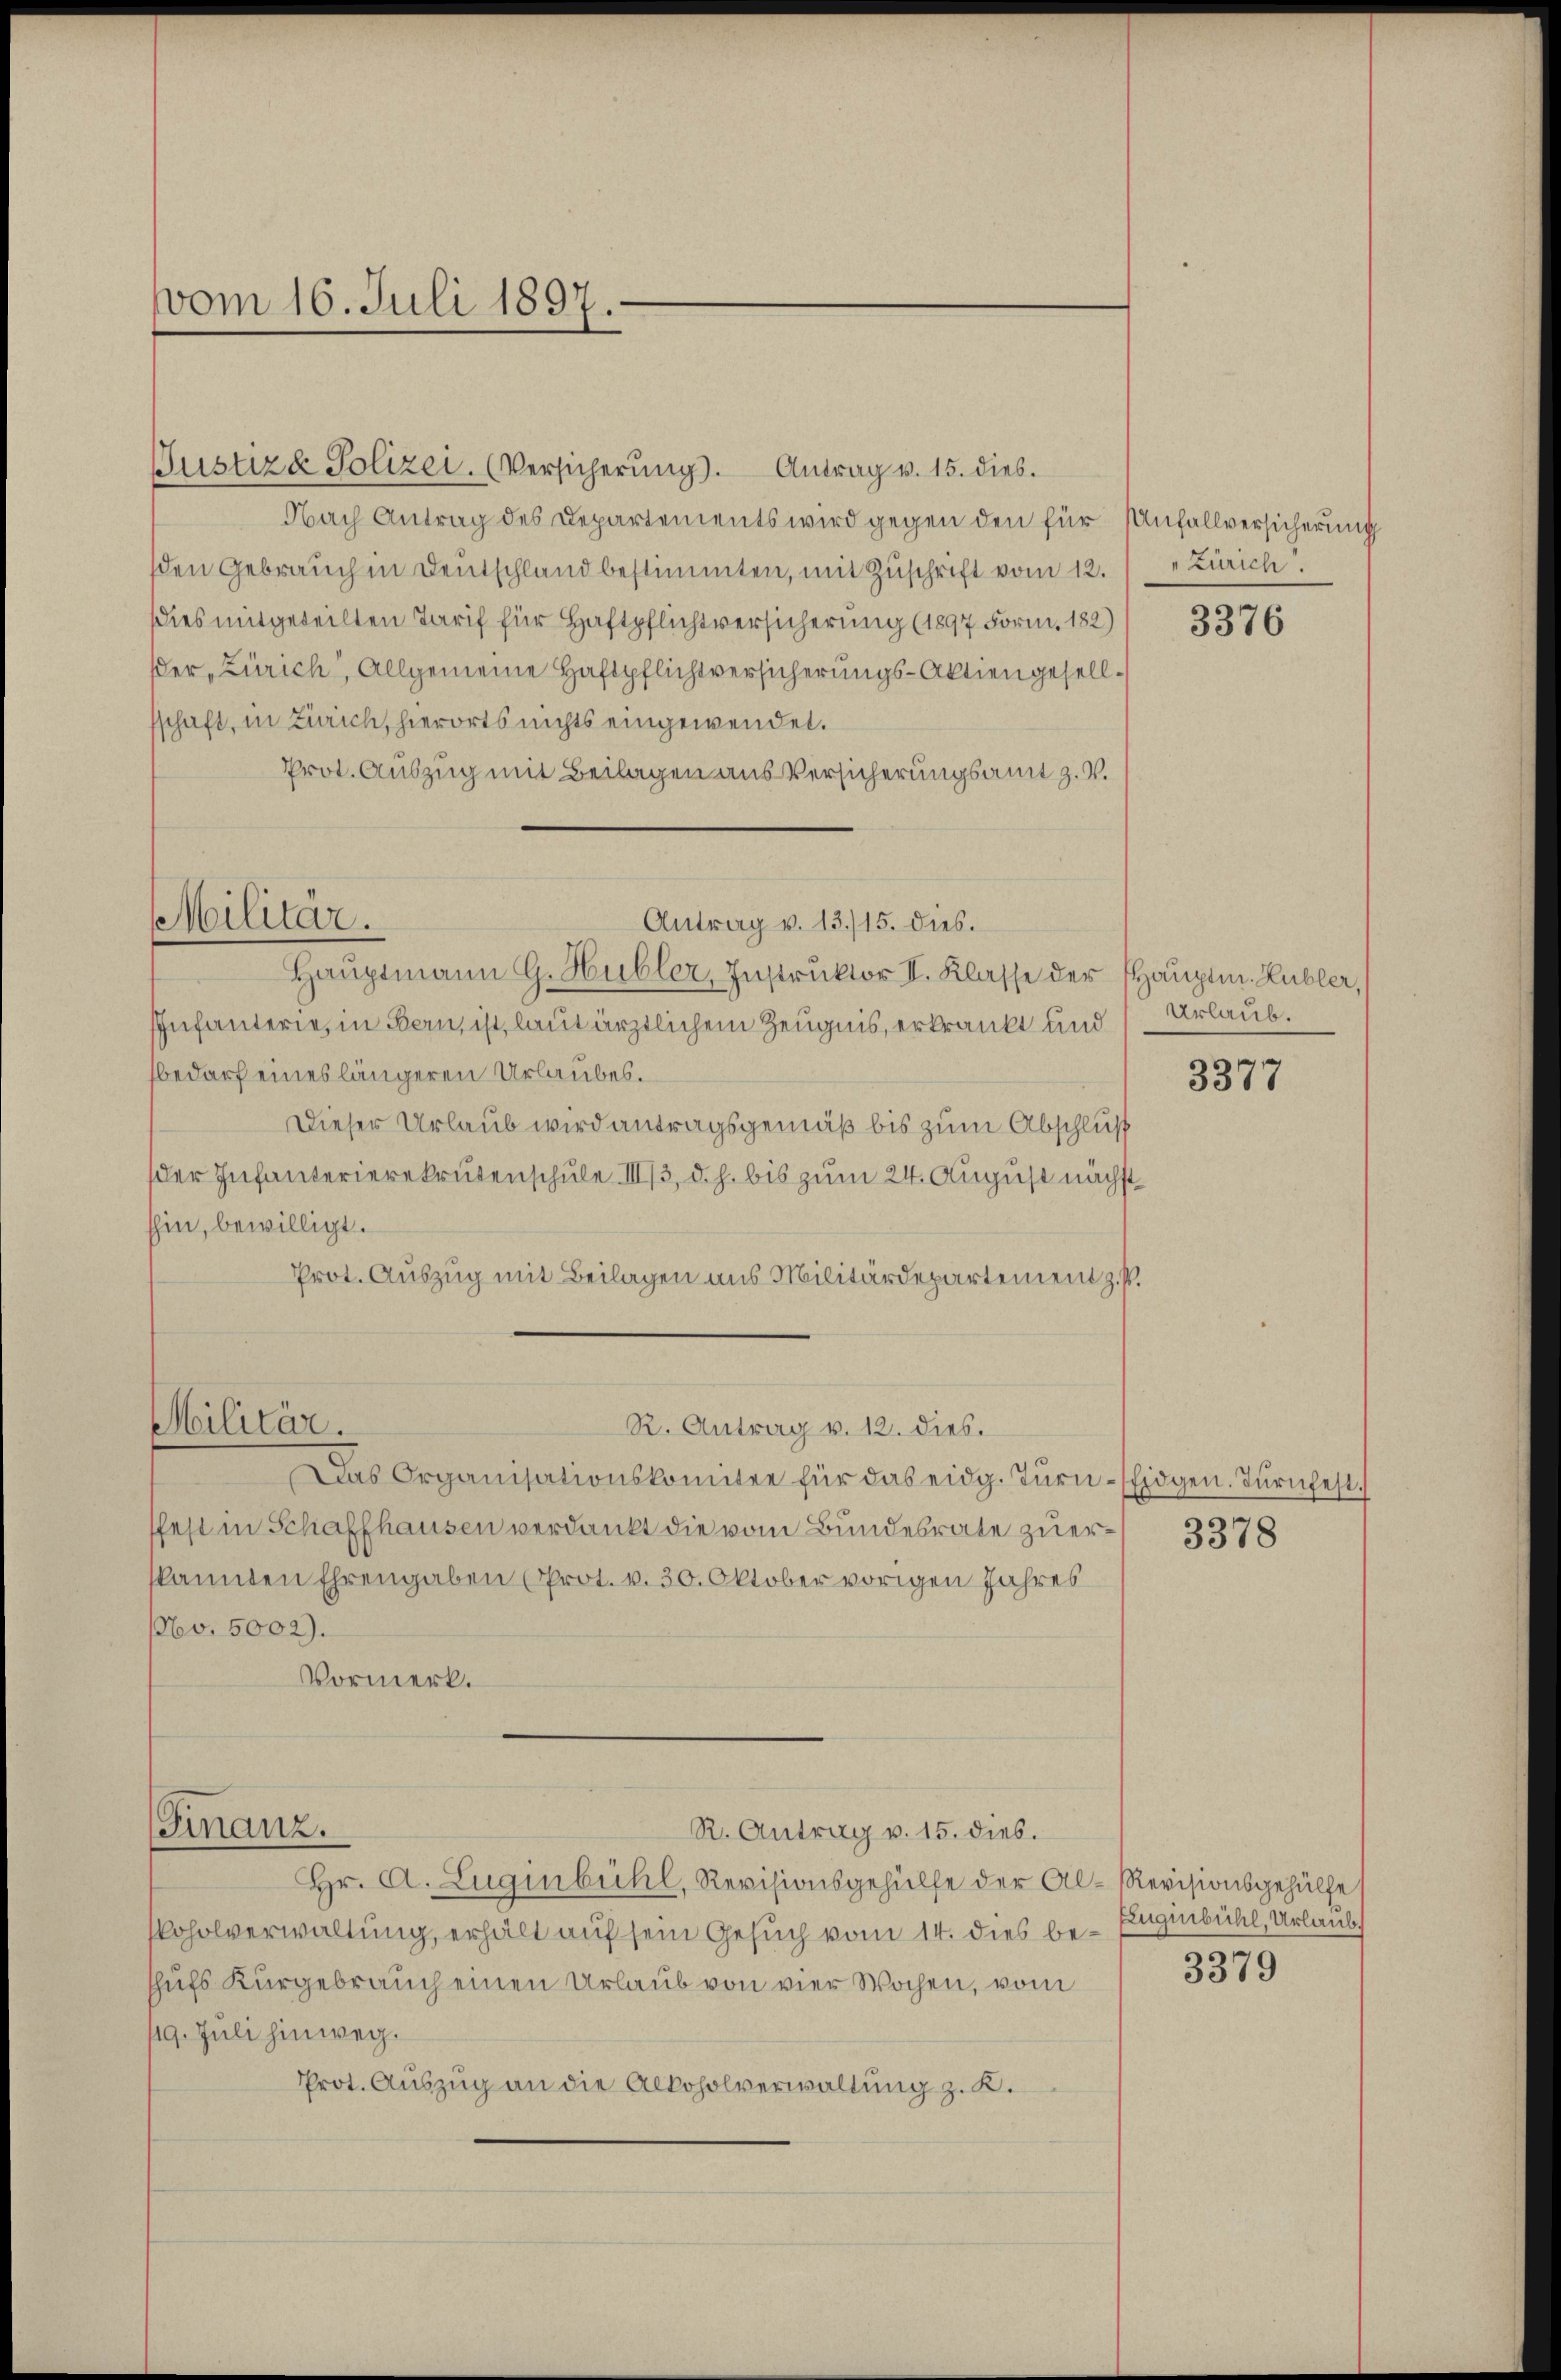
vom 16. Juli 1897.

Justiz & Polizei. (Versicherŭng. Antrag v. 15. dies.
Nach Antrag des Departements wird gegen den für Anfallversicherung
den Gebrauch in Deutschland bestimmten, mit Zuschrift vom 12.
dies mitgeteilten Tarif für Haftpflichtversicherung (1897 Form. 182)
der Zürich, Allgemeine Haftpflichtversicherungs-Aktiengesellsschaft, in Zürich, hierorts nichts eingewendet.
Prot. Auszug mit Beilagen aus Versicherungsamt z. V.

Militär.
Antrag v. 13./15. dies.

Militär.

(Finanz.

R. Antrag v. 12. dies.

R. Antrag v. 15. dies.

Haŭptmann G. Hubler, Instruktor II. Klasse der Hauptm. Lubler,
EInfanterie, in Bern, ist, laut ärztlichem Zeugnis, erkrankt und
bedarf eines längeren Urlaubes.
Dieser Urlaub wird antragsgemäß bis zum Abschluß
der Infanterierekrutenschule III/3, d. h. bis zum 24. August nächst
hin, bewilligt.
Prot. Auszug mit Beilagen aus Militärdepartement z. P.

Das Organisationskomitee für das eidg. Turn-Eidgen. Turnfest.
fest in Schaffhausen verdankt die vom Bundesrate zu erkannten Ehrengaben (Prot. v. 30. Oktober vorigen Jahres
Nbv. 5002).
Vormerk.

Hr. A. Luginbühl, Revisionsgehülfe der Al-Revisionsgehülfe
koholverwaltung, erhält auf sein Gesuch vom 14. dies beshufs Kurgebrauch einen Urlaub von vier Wochen, vom
19. Juli hinweg.
Prot. Auszug an die Alkoholverwaltung z. K.

" Zürich

3376

Urlaub.

3377

3378

Eugenbühl, Urlaub.
3379